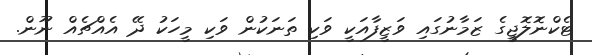
ޓެކްނޮލޮޖީގެ ޒަމާނުގައި ވަޒީފާއަކީ ވަކި ތަނަކުން ވަކި މީހަކު ދޭ އެއްޗެއް ނޫން.